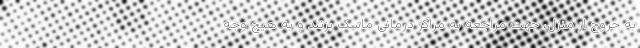
به خروج از منزل، جهت مراجعه به مراکز درمانی ماسک بزنند و به هیچ وجه